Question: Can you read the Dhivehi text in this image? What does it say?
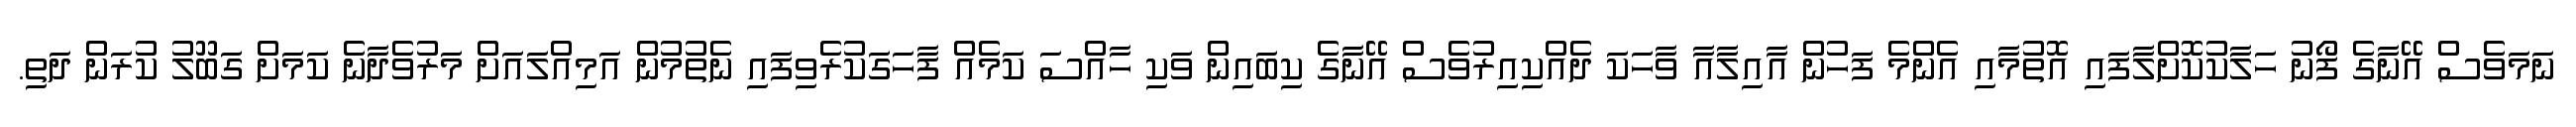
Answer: ނަމަވެސް އޭނާގެ ފޯނު ހަލާކުކޮށްލާފައި އޮތުމާއި އެންމެ ފަހުން އާއިލާއާ ވާހަކަ ދެއްކިއިރުވެސް އޭނާގެ ކިބައިން ވަކި ހާއްސަ ކަމެއް ފާހަގަކުރެވިފައި ނެތުމުން އަމިއްލައަށް މަރުވެދާނެ ކަމަށް ގަބޫލު ކުރަން ދަތި.